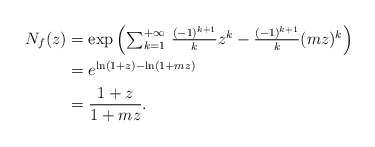
\begin{align*} N_f(z)&=\exp\left(\textstyle\sum_{k=1}^{+\infty} \, \frac{(-1)^{k+1}}{k}z^k - \frac{(-1)^{k+1}}{k}(mz)^k\right) \\ &= e^{\ln(1+z) - \ln(1+mz)} \\ &= \dfrac{1+z}{1+mz}. \end{align*}